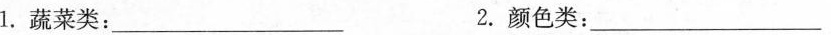
1.蔬菜类:__ 2.颜色类:__